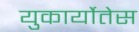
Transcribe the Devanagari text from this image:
युकार्योतेस